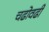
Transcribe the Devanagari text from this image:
चढोवढी